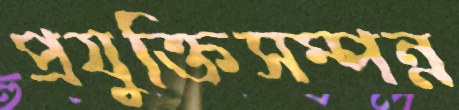
প্রযুক্তিসম্পন্ন